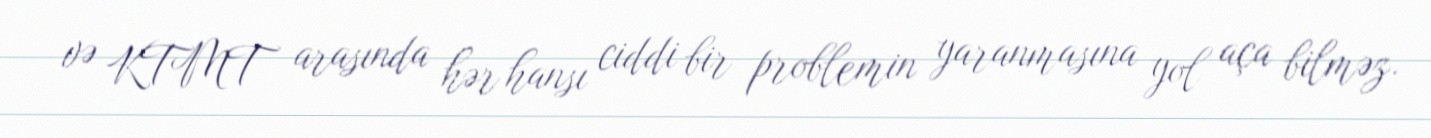
və KTMT arasında hər hansı ciddi bir problemin yaranmasına yol aça bilməz.